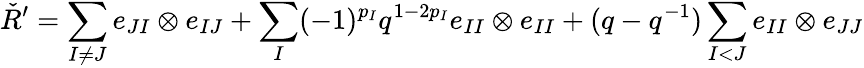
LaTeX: \check{R}^{\prime}=\sum_{I\neq J}e_{JI}\otimes e_{IJ}+\sum_{I}(-1)^{p_{I}}q^{1-2p_{I}}e_{II}\otimes e_{II}+(q-q^{-1})\sum_{I<J}e_{II}\otimes e_{JJ}